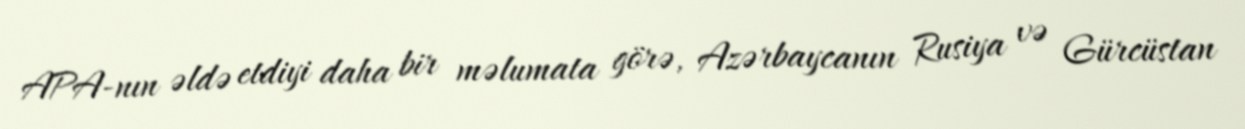
APA-nın əldə etdiyi daha bir məlumata görə, Azərbaycanın Rusiya və Gürcüstan